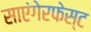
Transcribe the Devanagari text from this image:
साएंगेरफेस्ट